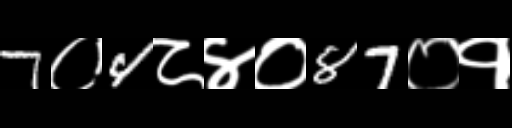
Text: 7०4८४०87०१